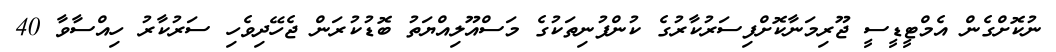
ނުކޮށްގެން އެމްޓީޑީސީ ޖޫރިމަނާކޮށްފިސަރުކާރުގެ ކުންފުނިތަކުގެ މަސްއޫލިއްޔަތު ބޮޑުކުރަން ޖެހޭދިވެހި ސަރުކާރު ހިއްސާވާ 40